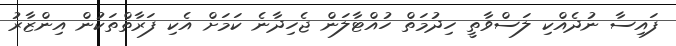
ފައިސާ ނުދެއްކި ލަސްވާތީ ހިދުމަތް ހުއްޓާލަން ޖެހިދާނެ ކަމަށް އެކި ފަރާތްތަކުން އިންޒާރު